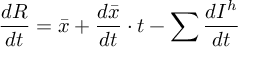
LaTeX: { \frac { d R } { d t } } = { \bar { x } } + { \frac { d { \bar { x } } } { d t } } \cdot t - \sum { \frac { d I ^ { h } } { d t } }